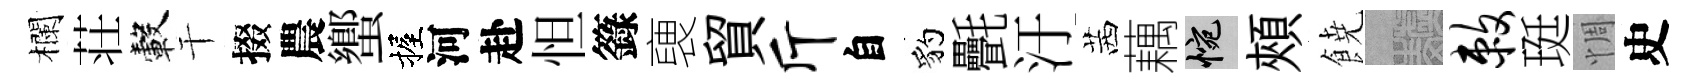
欄荘轂干掇農蠁握河赴怛籙褏貿斤自豹㲲汙茜藕惋頰𩜙熙敕珽惆史